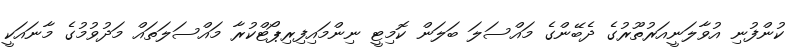
ކުންފުނި އުވާލަނީއަރުތޫރުގެ ދެބޭންގެ މައްސަލަ ބަލަން ކޮމިޓީ ނިންމައިފިރިޕޯޓްކުރާ މައްސަލަތައް މަދުވުމުގެ މާނައަކީ